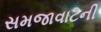
સમજાવાટની